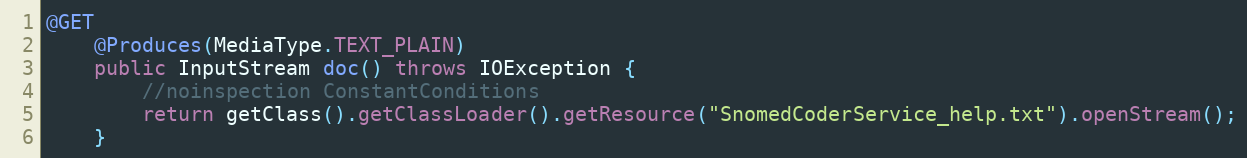
Language: Java
@GET
    @Produces(MediaType.TEXT_PLAIN)
    public InputStream doc() throws IOException {
        //noinspection ConstantConditions
        return getClass().getClassLoader().getResource("SnomedCoderService_help.txt").openStream();
    }